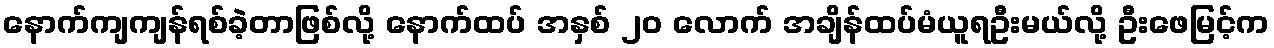
နောက်ကျကျန်ရစ်ခဲ့တာဖြစ်လို့ နောက်ထပ် အနှစ် ၂၀ လောက် အချိန်ထပ်မံယူရဦးမယ်လို့ ဦးဖေမြင့်က